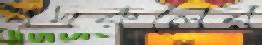
বদরুলের